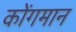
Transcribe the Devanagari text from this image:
कोंगमान